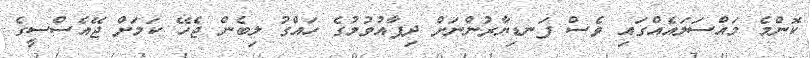
ކޮންމެ މައްސަލައެއްގައި ވެސް ފަނޑިޔާރުންނަށް ދިފާއުވުމުގެ ހައްގު ލިބެން ޖެހޭ ކަަމަށް ޖޭއެސްސީގެ